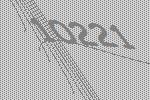
10221